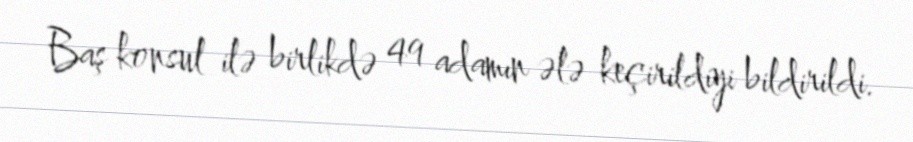
Baş konsul ilə birlikdə 49 adamın ələ keçirildiyi bildirildi.